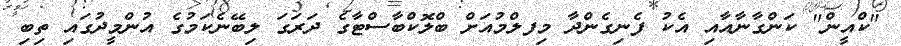
"ކްއީން" ކަންގާނާއާއި އެކު ފެނިގެންދާ މިފލްމުއަށް ބްލޮކްބާސްޓާގެ ދަރަގަ ލިބޭނެކަމުގެ އުންމީދުގައި ތިބި